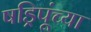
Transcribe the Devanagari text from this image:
षड्रिपूंच्या